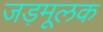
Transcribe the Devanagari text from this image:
जड़मूलक